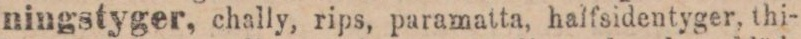
ningstyger, chally, rips, paramatta, halfsidentyger, thi-